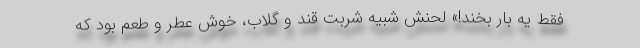
فقط یه بار بخند!» لحنش شبیه شربت قند و گلاب، خوش عطر و طعم بود که